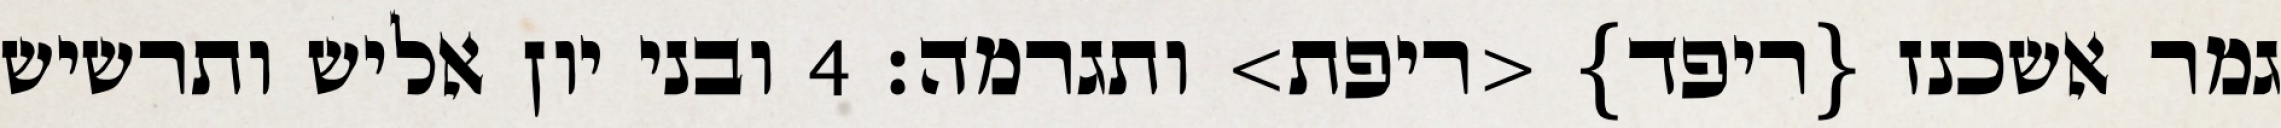
גמר אשכנז {ריפד} <ריפת> ותגרמה׃ ‎4‏ ובני יון אליש ותרשיש